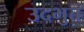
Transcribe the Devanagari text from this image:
उदभुत